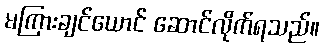
မကြားချင်ယောင် ဆောင်လိုက်ရသည်။